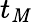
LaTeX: t_{\mathit{M}}